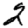
Digit: 2